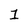
Character: 1